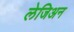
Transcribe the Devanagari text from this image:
लेजिअन